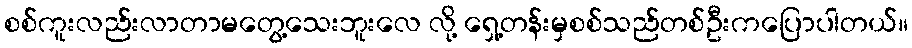
စစ်ကူးလည်းလာတာမတွေ့သေးဘူးလေ လို့ ရှေ့တန်းမှစစ်သည်တစ်ဦးကပြောပါတယ်။